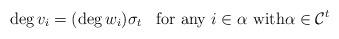
LaTeX: \begin{align*} {\rm deg}\, v_i=({\rm deg}\,w_i)\sigma_t \;\;\; \mbox{for any }i\in\alpha \mbox{ with}\alpha\in \mathcal{C}^t\end{align*}